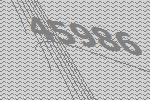
45986